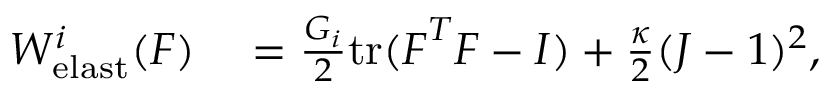
\begin{array} { r l } { W _ { \mathrm { e l a s t } } ^ { i } ( \boldsymbol { F } ) } & { { } = \frac { G _ { i } } { 2 } \mathrm { t r } ( \boldsymbol { F } ^ { T } \boldsymbol { F } - I ) + \frac { \kappa } { 2 } ( J - 1 ) ^ { 2 } , } \end{array}